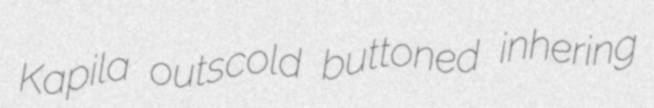
Kapila outscold buttoned inhering